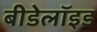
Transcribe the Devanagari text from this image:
बीडेलॉइड